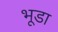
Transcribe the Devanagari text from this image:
भूडा